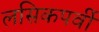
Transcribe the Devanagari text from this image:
लसिकपर्वी